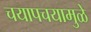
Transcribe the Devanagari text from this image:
चयापचयामुळे